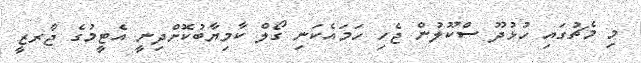
މި މެޗުގައި ހުޅުދޫ ސްކޫލުން ޖެހި ހަމައެކަނި ގޯލް ކާމިޔާބުކޮށްދިނީ އެޓީމުގެ ޖާރޒީ